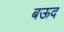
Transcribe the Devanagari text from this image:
बऊद